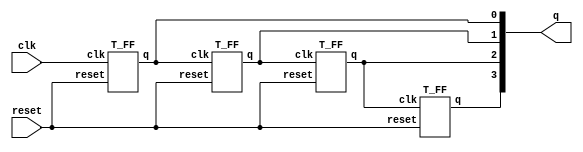
module ripple_carry_counter(q, clk, reset);

output [3:0] q;
input clk, reset;

T_FF tff0(q[0], clk, reset);
T_FF tff1(q[1], q[0], reset);
T_FF tff2(q[2], q[1], reset);
T_FF tff3(q[3], q[2], reset);


endmodule

/*
T Flip Flop
*/
module T_FF(q, clk, reset);

output q;
input clk, reset;
wire d;

D_FF dff0(q, d, clk, reset);
not n1(d, q);

endmodule

/*
D Flip Flop
*/
module D_FF(q, d, clk, reset);

output q;
input d, clk, reset;
reg q;

always@(posedge reset or negedge clk)
begin
	if(reset)
		 q <= 1'b0;
	else
		 q <= d;
end

endmodule